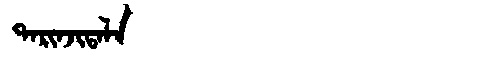
Manchu: ᡨᠠᡵᡳᠨᠵᡳᡨᠠᠯᠠ
Romanization: TARINJITALA